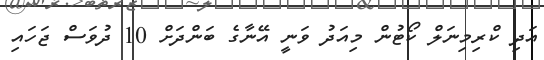
އަދި ކްރިމިނަލް ކޯޓުން މިއަދު ވަނީ އޭނާގެ ބަންދަށް 10 ދުވަސް ޖަހައި